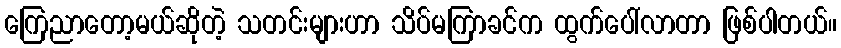
ကြေညာတော့မယ်ဆိုတဲ့ သတင်းများဟာ သိပ်မကြာခင်က ထွက်ပေါ်လာတာ ဖြစ်ပါတယ်။